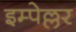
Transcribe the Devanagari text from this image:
इम्पेल्लर